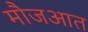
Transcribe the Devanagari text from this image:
मौजआत